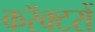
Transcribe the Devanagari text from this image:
करॅक्टरों